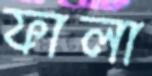
ফালা